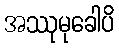
အဿုမုခေါပိ